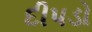
દીપડો